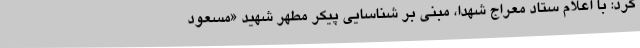
کرد: با اعلام ستاد معراج شهدا، مبنی بر شناسایی پیکر مطهر شهید «مسعود